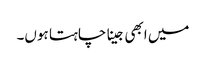
میں ابھی جینا چاہتا ہوں۔